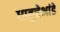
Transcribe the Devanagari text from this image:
धातुचेभांडे